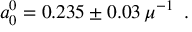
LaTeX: a _ { 0 } ^ { 0 } = 0 . 2 3 5 \pm 0 . 0 3 \, \mu ^ { - 1 } \enspace .